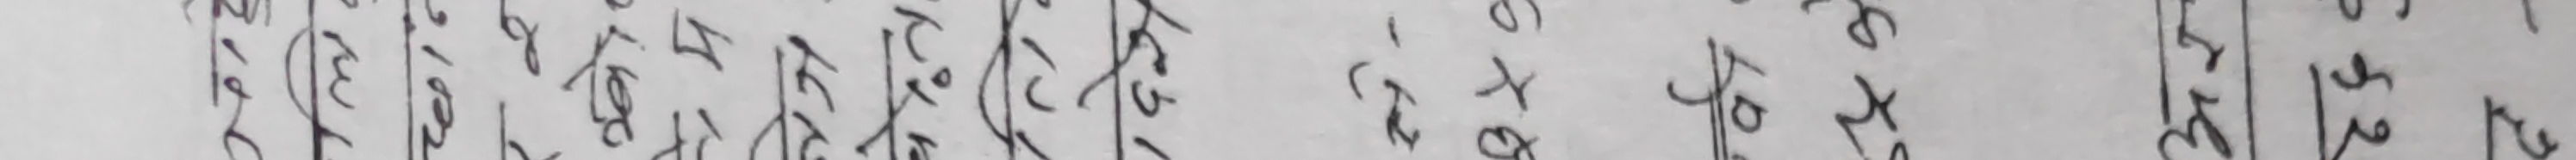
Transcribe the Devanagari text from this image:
तेस्रो लहर बढी